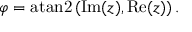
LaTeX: \varphi = \operatorname { a t a n 2 } \left( \operatorname { I m } ( z ) , \operatorname { R e } ( z ) \right) .